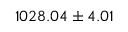
1 0 2 8 . 0 4 \pm 4 . 0 1